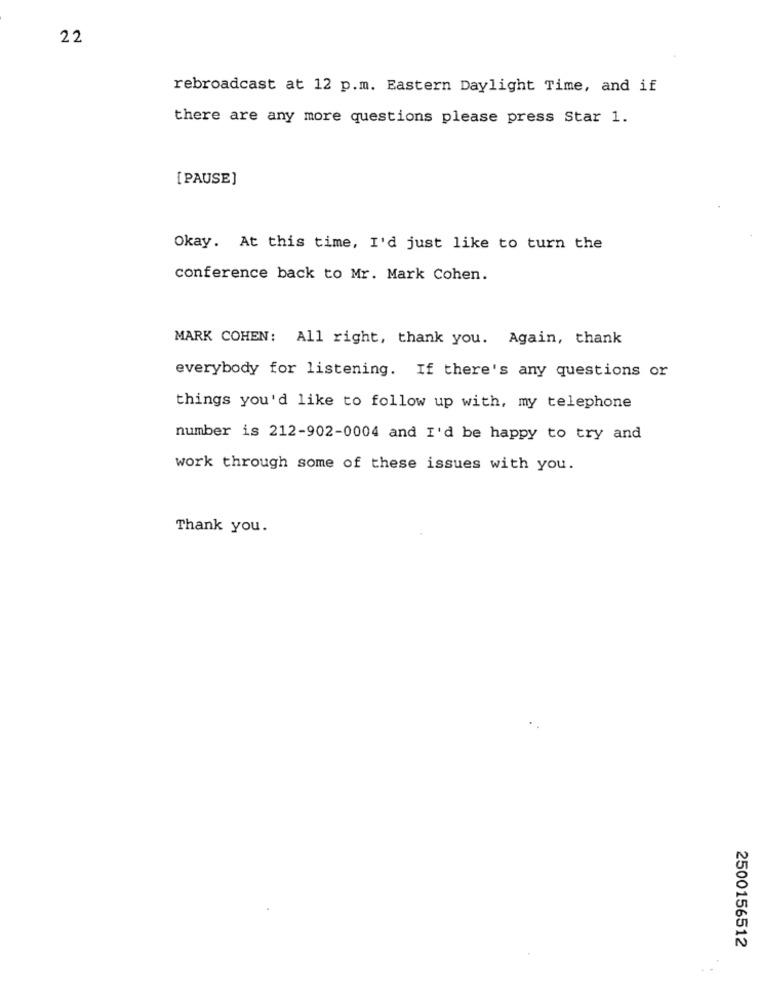
22
rebroadcast at 12 p.m. Eastern Daylight Time, and if
there are any more questions please press Star 1.
[ PAUSE]
Okay. At this time, I'd just like to turn the
conference back to Mr. Mark Cohen.
MARK COHEN: All right, thank you. Again, thank
everybody for listening. If there's any questions or
things you'd like to follow up with, my telephone
number is 212-902-0004 and I'd be happy to try and
work through some of these issues with you.
Thank you.
2500156512